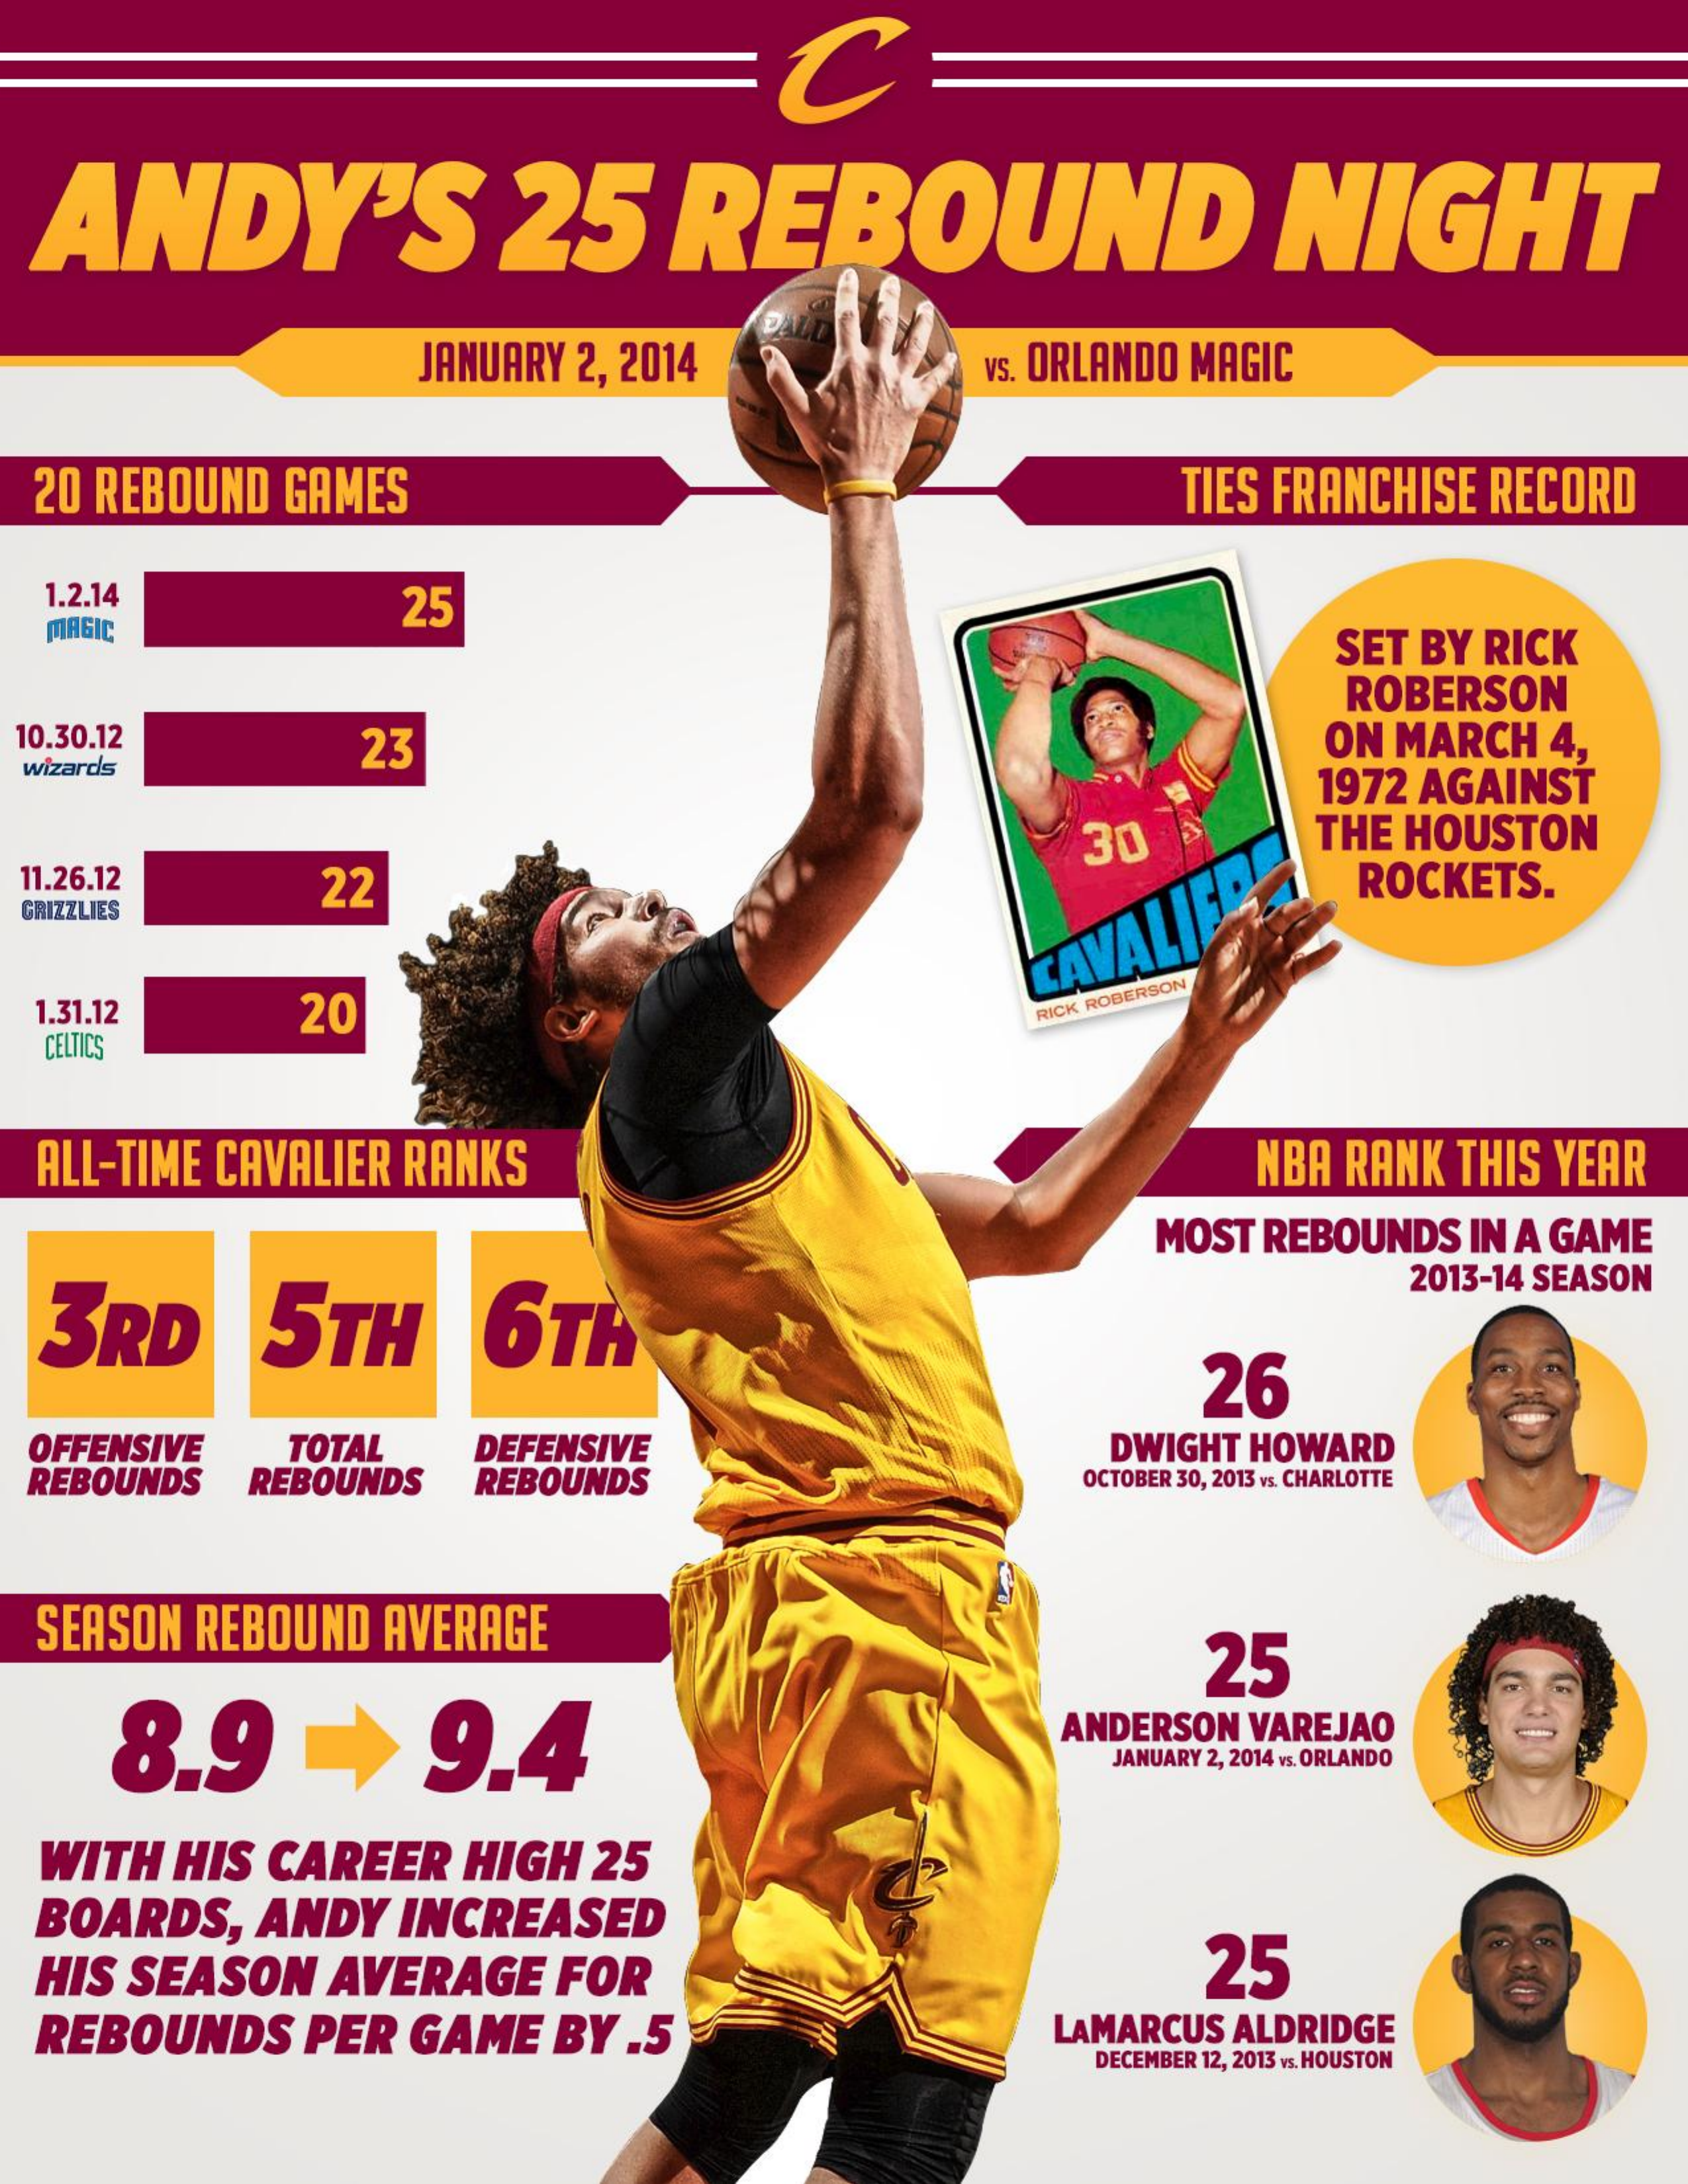
C
  ANDY'S   25  REBOUND    NIGHT
     JANUARY 2, 2014 VS. ORLANDO MAGIC
  20 REBOUND GAMES    TIES FRANCHISE RECORD
  1.2.14 25
  MAGIC
     SET BY RICK
     ROBERSON
  10.30.12 23    ON MARCH 4,
  wizards
     1972 AGAINST
     30    THE HOUSTON
  11.26.12 22    ROCKETS.
  GRIZZLIES
     20
     CAVALIER!
  1.31.12    RICK
     ROBERSON
  CELTICS
  ALL-TIME CAVALIER RANKS   NBA RANK THIS YEAR
     MOST REBOUNDS IN A GAME
  3RD 5TH  6Th
     2013-14 SEASON
     26
  OFFENSIVE
  REBOUNDS
     TOTAL
     REBOUNDS
     DEFENSIVE
     REBOUNDS
     DWIGHT HOWARD
     OCTOBER 30, 2013 vs. CHARLOTTE
  SEASON REBOUND AVERAGE
   8.9 -  9.4
     25
     ANDERSON VAREJAO
     JANUARY 2, 2014 vs. ORLANDO
  WITH HIS CAREER HIGH 25
  BOARDS, ANDY INCREASED
  HIS SEASON AVERAGE FOR   25
  REBOUNDS PER GAME BY .5 LAMARCUS ALDRIDGE
     DECEMBER 12, 2013 vs. HOUSTON